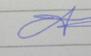
Signature authenticity: forged